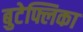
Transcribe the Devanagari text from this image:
बुटेफ्लिका